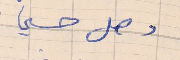
وصل حسني